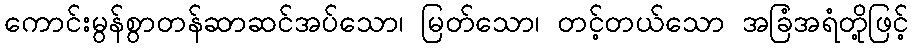
ကောင်းမွန်စွာတန်ဆာဆင်အပ်သော၊ မြတ်သော၊ တင့်တယ်သော အခြံအရံတို့ဖြင့်